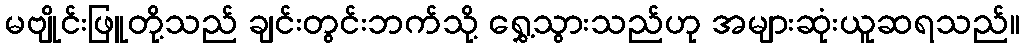
မဗျိုင်းဖြူတို့သည် ချင်းတွင်းဘက်သို့ ရွှေ့သွားသည်ဟု အများဆုံးယူဆရသည်။